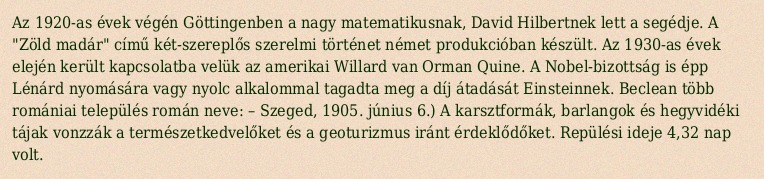
Az 1920-as évek végén Göttingenben a nagy matematikusnak, David Hilbertnek lett a segédje. A "Zöld madár" című két-szereplős szerelmi történet német produkcióban készült. Az 1930-as évek elején került kapcsolatba velük az amerikai Willard van Orman Quine. A Nobel-bizottság is épp Lénárd nyomására vagy nyolc alkalommal tagadta meg a díj átadását Einsteinnek. Beclean több romániai település román neve: – Szeged, 1905. június 6.) A karsztformák, barlangok és hegyvidéki tájak vonzzák a természetkedvelőket és a geoturizmus iránt érdeklődőket. Repülési ideje 4,32 nap volt.